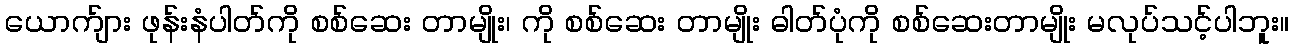
ယောက်ျား ဖုန်းနံပါတ်ကို စစ်ဆေး တာမျိုး၊ ကို စစ်ဆေး တာမျိုး ဓါတ်ပုံကို စစ်ဆေးတာမျိုး မလုပ်သင့်ပါဘူး။